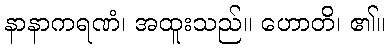
နာနာကရဏံ၊ အထူးသည်။ ဟောတိ၊ ၏။